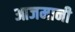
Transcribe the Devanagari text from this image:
आजमानी